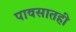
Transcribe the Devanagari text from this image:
पावसातही